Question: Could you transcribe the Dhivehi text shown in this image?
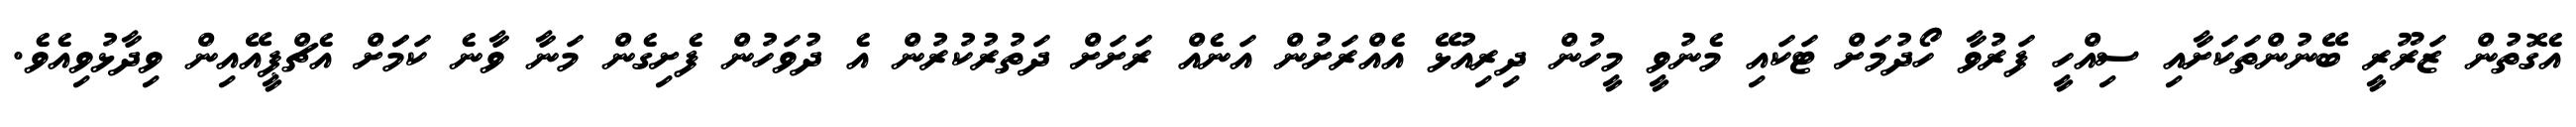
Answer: އެގޮތުން ޒަރޫރީ ބޭނުންތަކަށާއި ސިއްހީ ފަރުވާ ހޯދުމަށް ޓަކައި މެނުވީ މީހުން ދިރިއުޅޭ އެއްރަށުން އަނެއް ރަށަށް ދަތުރުކުރުން އެ ދުވަހުން ފެށިގެން މަނާ ވާނެ ކަމަަށް އެޗްޕީއޭއިން ވިދާޅުވިއެވެ.